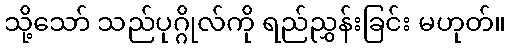
သို့သော် သည်ပုဂ္ဂိုလ်ကို ရည်ညွှန်းခြင်း မဟုတ်။